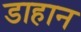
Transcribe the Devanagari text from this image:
डाहान